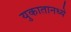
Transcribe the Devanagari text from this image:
युकातानध्ये